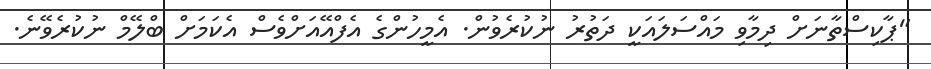
"ޕާކިސްތާނަށް ދިމާވި މައްސަލައަކީ ދަތުރު ނުކުރެވުން. އެމީހުންގެ އެފްއޭއަށްވެސް އެކަމަށް ބްލޭމް ނުކުރެވޭނެ.